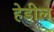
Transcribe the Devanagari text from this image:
हेडील